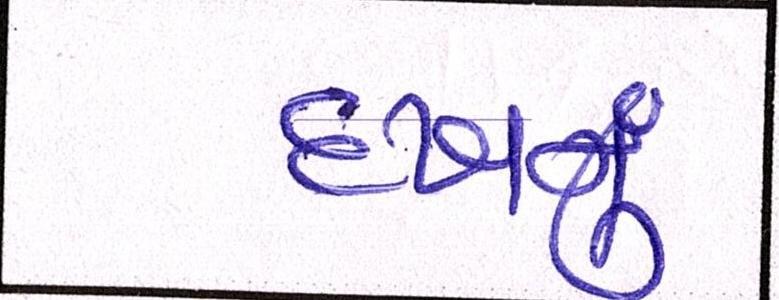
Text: દઃખવું